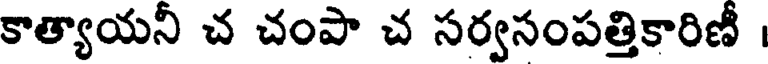
కాత్యాయనీ చ చంపా చ సర్వసంపత్తికారిణీ